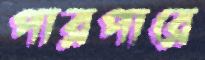
পারপারে